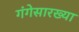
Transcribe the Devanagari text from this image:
गंगेसारख्या